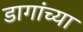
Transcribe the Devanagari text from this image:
डागांच्या